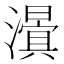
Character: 𭳃